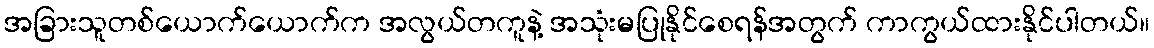
အခြားသူတစ်ယောက်ယောက်က အလွယ်တကူနဲ့ အသုံးမပြုနိုင်စေရန်အတွက် ကာကွယ်ထားနိုင်ပါတယ်။